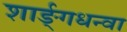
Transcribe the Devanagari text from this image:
शार्ङ्गधन्वा